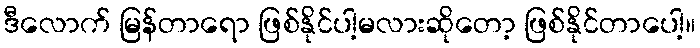
ဒီလောက် မြန်တာရော ဖြစ်နိုင်ပါ့မလားဆိုတော့ ဖြစ်နိုင်တာပေါ့။